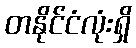
တနိုင်ငံလုံးရှိ